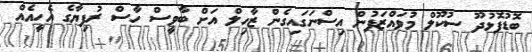
ބޮޑުފޮޅުދޫ ސުކޫލް މުވައްޒަފުން އިސްނަގައިގެން ޒާހިލް އަށް ބާވީސް ހާސް ރުފިޔާގެ އެހީއެއް